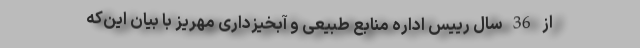
از 36 سال رییس اداره منابع طبیعی و آبخیزداری مهریز با بیان این‌که